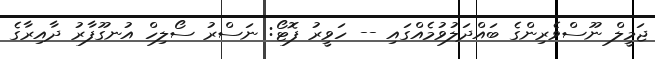
ޖަމީލް ނޫސްވެރިންގެ ބައްދަލުވުމެއްގައި -- ހަވީރު ފޮޓޯ: ނަސްރު ސޯލިހް އުނގޫފާރު ދާއިރާގެ